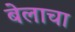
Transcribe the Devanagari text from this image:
बेलाचा